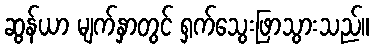
ဆွန်ယာ မျက်နှာတွင် ရှက်သွေးဖြာသွားသည်။